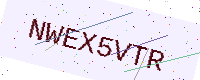
Text: NWEX5VTR